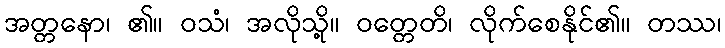
အတ္တနော၊ ၏။ ဝသံ၊ အလိုသို့။ ဝတ္တေတိ၊ လိုက်စေနိုင်၏။ တဿ၊